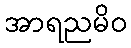
အာရညမိဝ